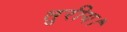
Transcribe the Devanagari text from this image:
तुरीय।